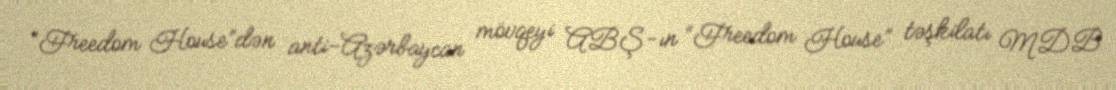
“Freedom House”dən anti-Azərbaycan mövqeyi ABŞ-ın “Freedom House” təşkilatı MDB